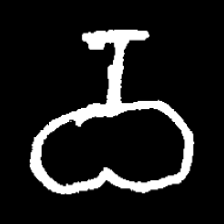
Pyu character \u2014 Myanmar letter: ဝ (romanized: wa)